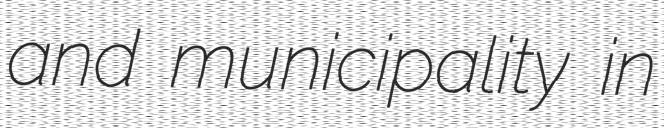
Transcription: and municipality in